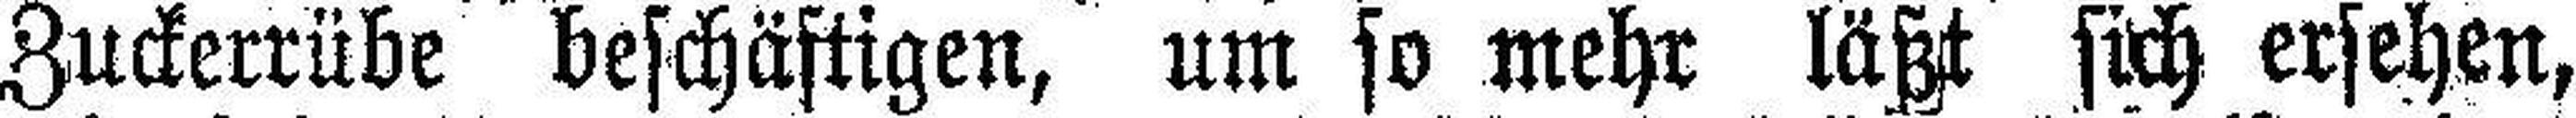
Zuckerrübe beschäftigen, um so mehr läßt sich ersehen,